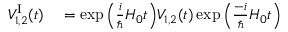
\begin{array} { r l } { { \cal V } _ { 1 , 2 } ^ { \mathrm { I } } ( t ) } & { { } = \exp \Big ( \frac { i } { \hbar } H _ { 0 } t \Big ) { \cal V } _ { 1 , 2 } ( t ) \exp \Big ( \frac { - i } { \hbar } H _ { 0 } t \Big ) } \end{array}